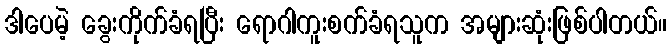
ဒါပေမဲ့ ခွေးကိုက်ခံရပြီး ရောဂါကူးစက်ခံရသူက အများဆုံးဖြစ်ပါတယ်။